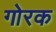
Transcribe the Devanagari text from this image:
गोरक